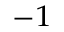
^ { - 1 }